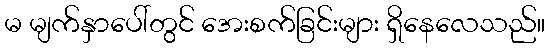
မ မျက်နှာပေါ်တွင် အေးစက်ခြင်းများ ရှိနေလေသည်။